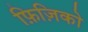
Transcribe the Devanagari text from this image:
फ़िज़िको